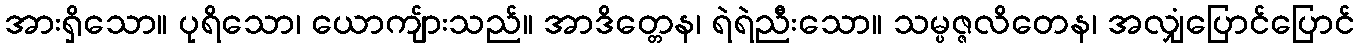
အားရှိသော။ ပုရိသော၊ ယောကျ်ားသည်။ အာဒိတ္တေန၊ ရဲရဲညီးသော။ သမ္ပဇ္ဇလိတေန၊ အလျှံပြောင်ပြောင်